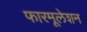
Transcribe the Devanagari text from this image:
फारमूलेशन